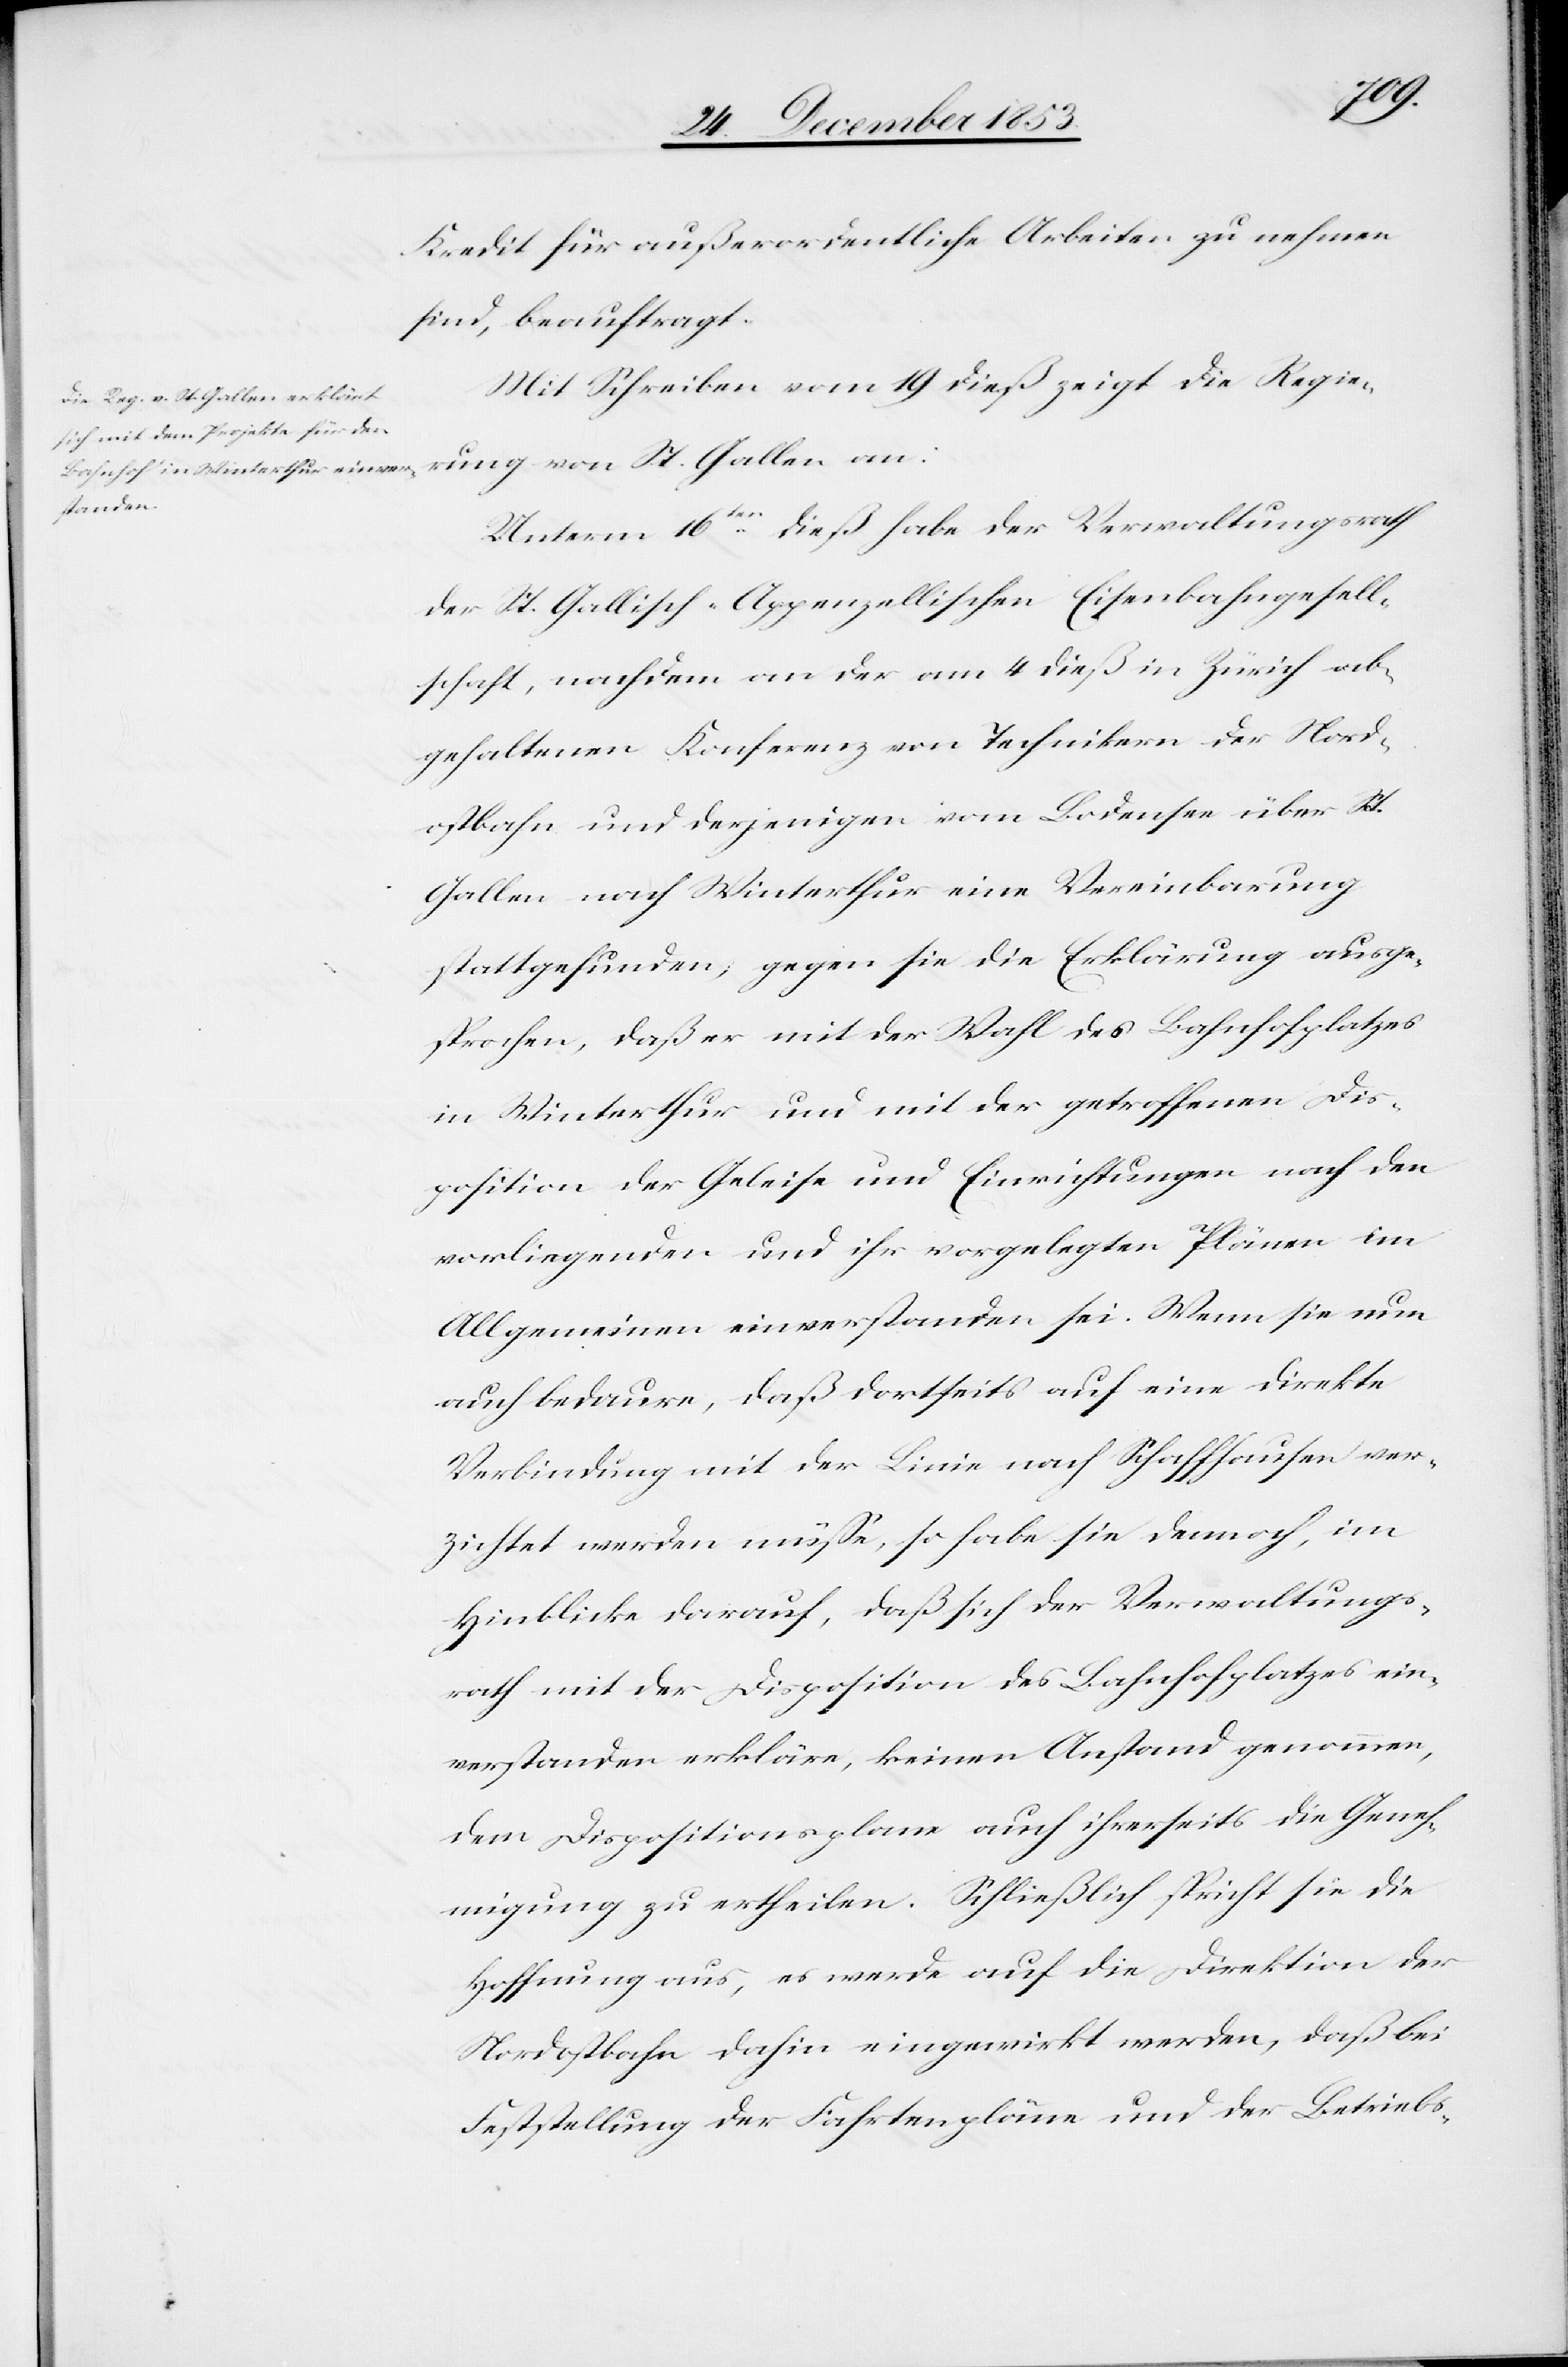
Kredit für außerordentliche Arbeiten zu nehmen
sind, beauftragt.
Mit Schreiben vom 19 dieß zeigt die Regie¬
rung von St. Gallen an:
Unterm 16ten dieß habe der Verwaltungsrath
der St. Gallisch-Appenzellischen Eisenbahngesell¬
schaft, nachdem an der am 4 dieß in Zürich ab¬
gehaltenen Konferenz von Technikern der Nord¬
ostbahn und derjenigen vom Bodensee über St.
Gallen nach Winterthur eine Vereinbarung
stattgefunden; gegen sie die Erklärung ausge¬
sprochen, daß er mit der Wahl des Bahnhofplatzes
in Winterthur und mit der getroffenen Dis¬
position der Geleise und Einrichtungen nach den
vorliegenden und ihr vorgelegten Plänen im
Allgemeinen einverstanden sei. Wenn sie nun
auch bedaure, daß dortseits auf eine direkte
Verbindung mit der Linie nach Schaffhausen ver¬
zichtet werden müße, so habe sie dennoch, im
Hinblicke darauf, daß sich der Verwaltungs¬
rath mit der Disposition des Bahnhofplatzes ein¬
verstanden erkläre, keinen Anstand genommen,
dem Dispositionsplane auch ihrerseits die Geneh¬
migung zu ertheilen. Schließlich spricht sie die
Hoffnung aus, es werde auf die Direktion der
Nordostbahn dahin eingewirkt werden, daß bei
Feststellung der Fahrtenpläne und der Betriebs-